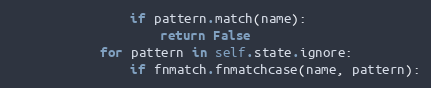
Language: Python
                if pattern.match(name):
                    return False
            for pattern in self.state.ignore:
                if fnmatch.fnmatchcase(name, pattern):